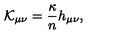
{ \cal K } _ { \mu \nu } = { \frac { \kappa } { n } } h _ { \mu \nu } ,